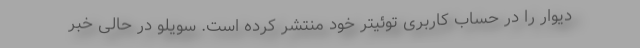
دیوار را در حساب کاربری توئیتر خود منتشر کرده است. سویلو در حالی خبر